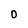
Character: 0